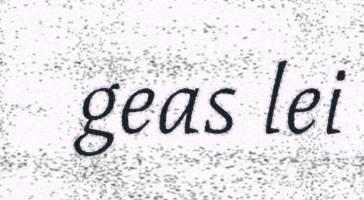
geas lei